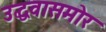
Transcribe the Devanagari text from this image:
उद्धवासमोर